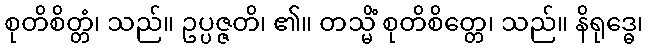
စုတိစိတ္တံ၊ သည်။ ဥပ္ပဇ္ဇတိ၊ ၏။ တသ္မိံ စုတိစိတ္တေ၊ သည်။ နိရုဒ္ဓေ၊